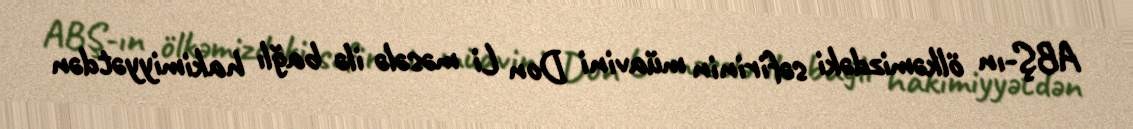
ABŞ-ın ölkəmizdəki səfirinin müavini Don Li məsələ ilə bağlı hakimiyyətdən